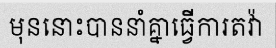
មុននោះបាននាំគ្នាធ្វើការតវ៉ា